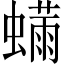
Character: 𬠬